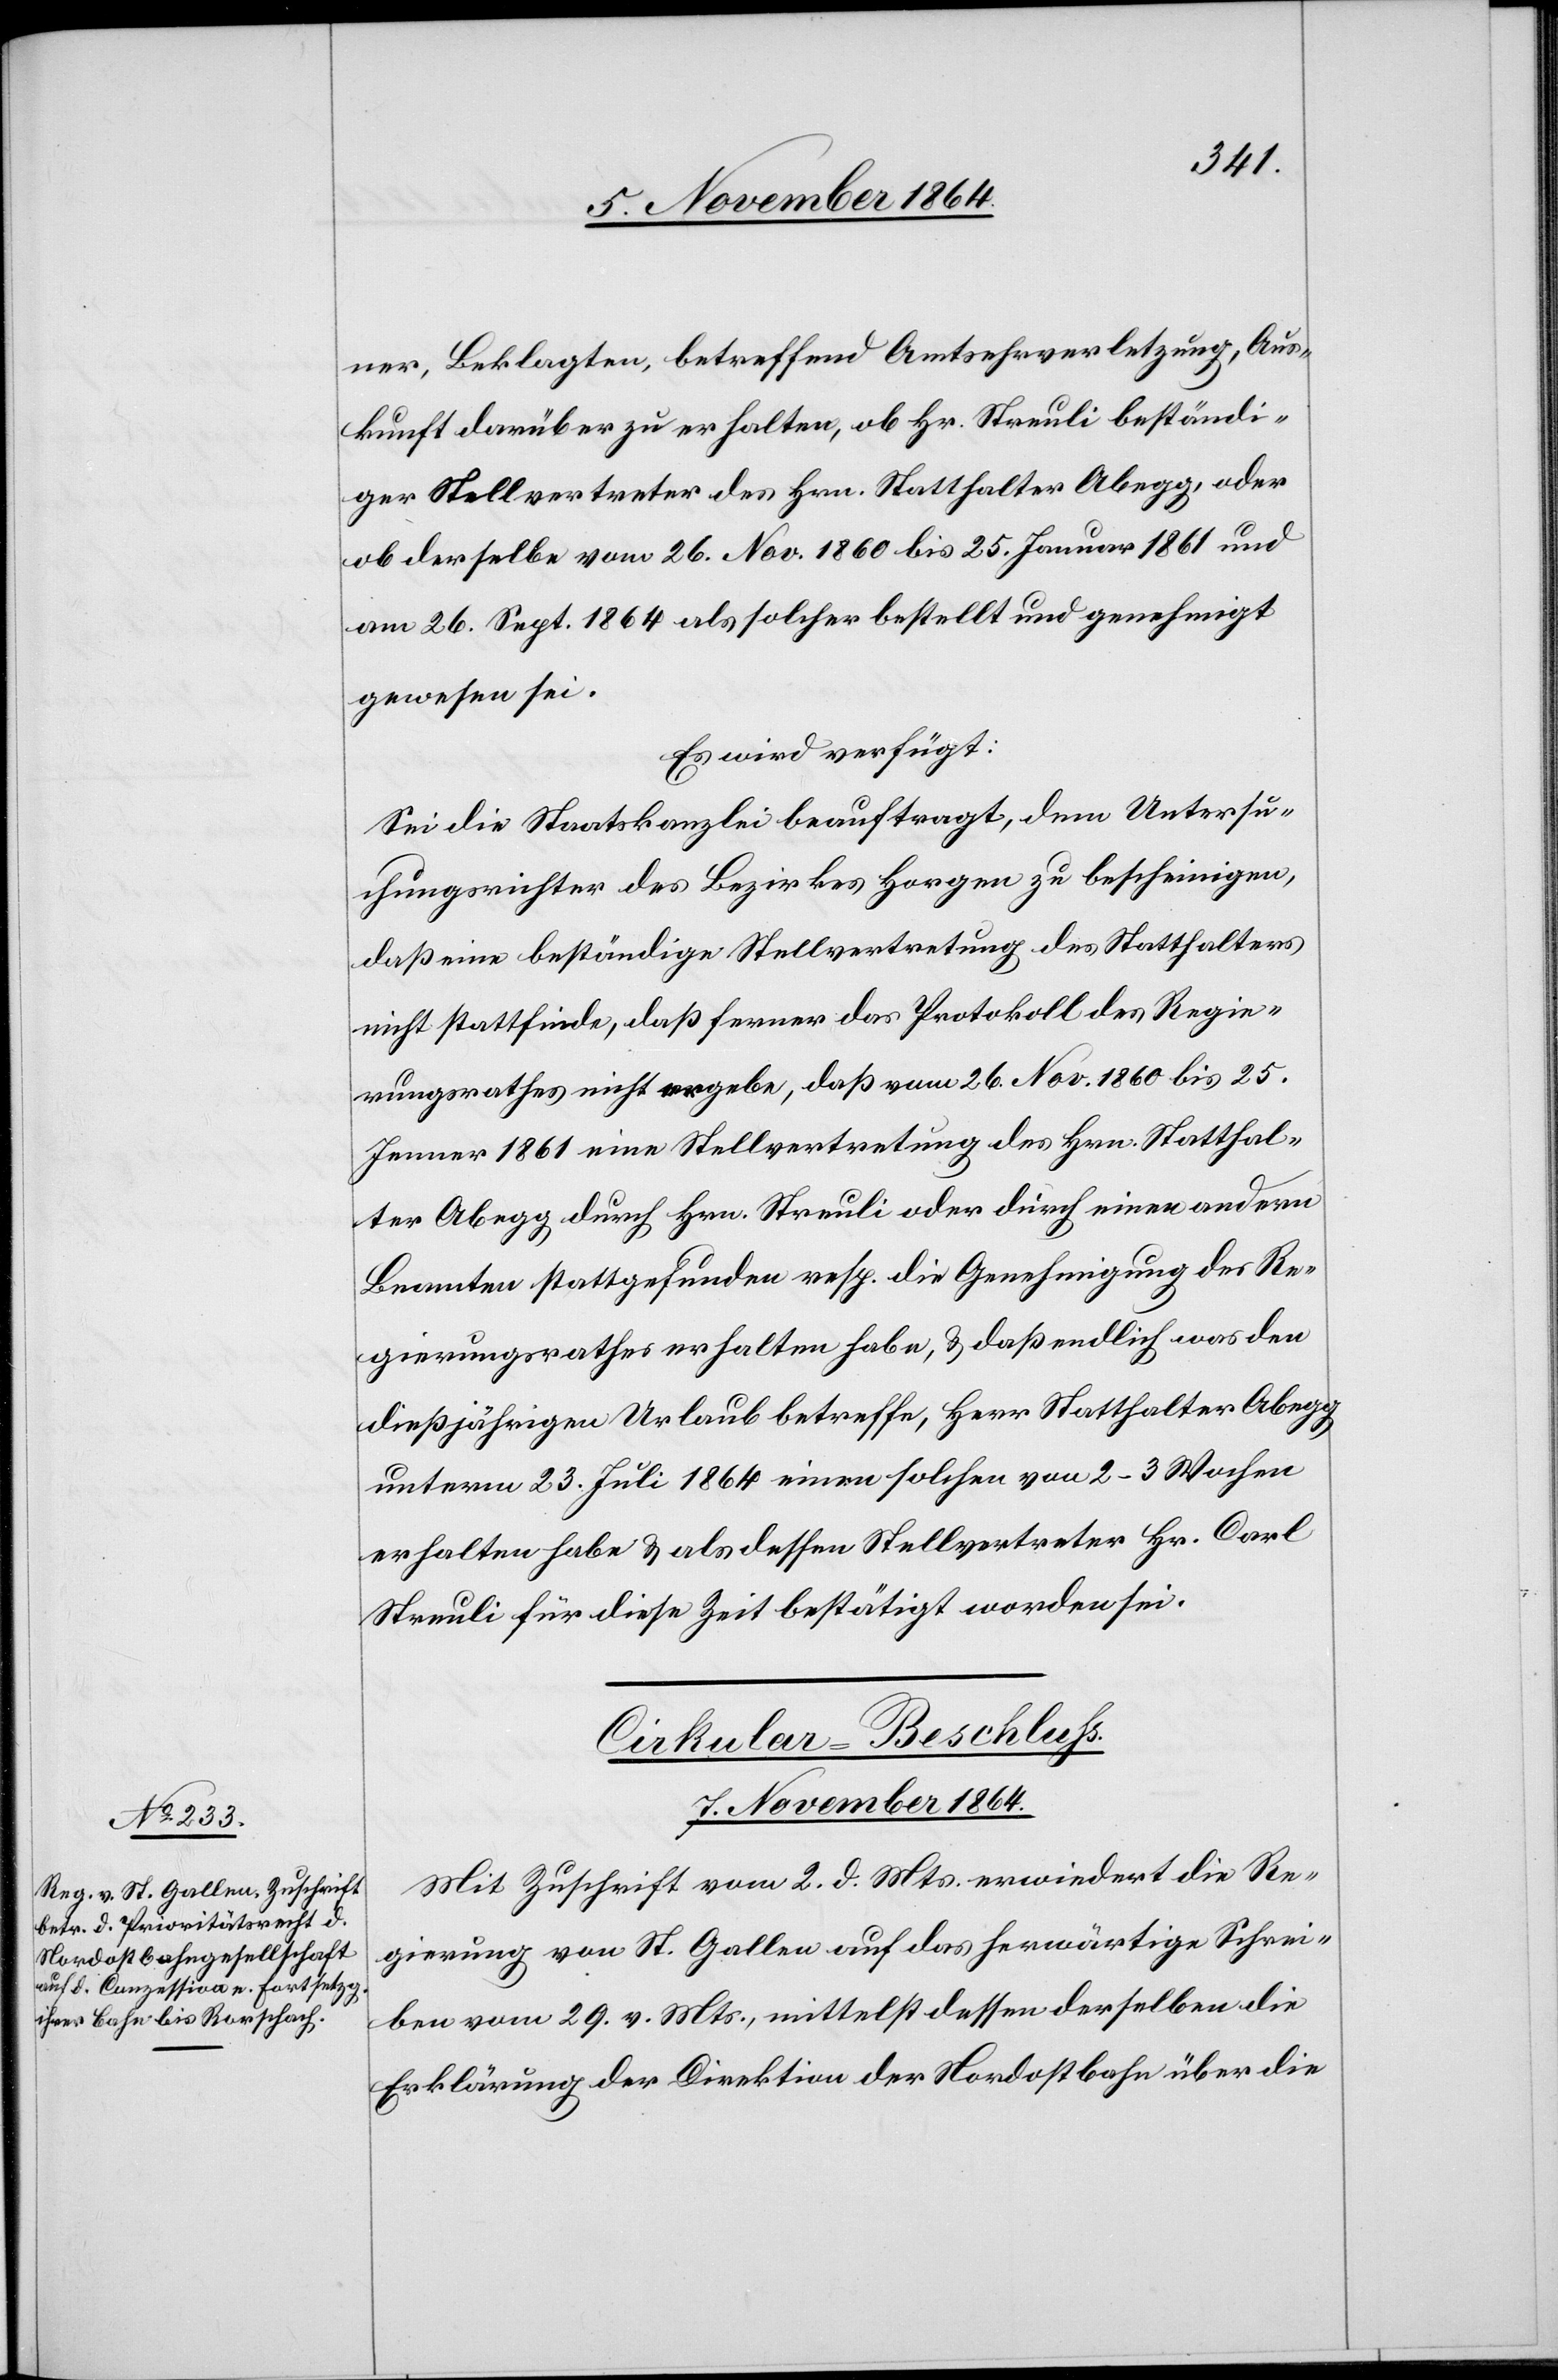
ner, Beklagten, betreffend Amtsehrverletzung, Aus¬
kunft darüber zu erhalten, ob Hr. Streuli beständi¬
ger Stellvertreter des Hrn. Statthalter Abegg, oder
ob derselbe vom 26. Nov. 1860 bis 25. Januar 1861 und
am 26. Sept. 1864 als solcher bestellt und genehmigt
gewesen sei.
Es wird verfügt:
Sei die Staatskanzlei beauftragt, dem Untersu¬
chungsrichter des Bezirkes Horgen zu bescheinigten,
daß eine beständige Stellvertretung des Statthalters
nicht stattfinde, daß ferner das Protokoll des Regie¬
rungsrathes nicht ergebe, daß vom 26. Nov. 1860 bis 25
Jenner 1861 eine Stellvertretung des Hrn. Statthal¬
ter Abegg durch Hrn. Streuli oder durch einen andern
Beamten stattgefunden resp. die Genehmigung des Re¬
gierungsrathes erhalten habe, & daß endlich was den
dießjährigen Urlaub betreffe, Herr Statthalter Abegg
unterm 23. Juli 1864 einen solchen von 2–3 Wochen
erhalten habe & als dessen Stellvertreter Hr. Carl
Streuli für diese Zeit bestätigt worden sei.
Cirkular-Beschluss.
7. November 18640.
Mit Zuschrift vom 2. d. Mts. erwiedert die Re¬
gierung von St. Gallen auf das herwärtige Schrei¬
ben vom 29. v. Mts., mittelst dessen derselben die
Erklärung der Direktion der Nordostbahn über die